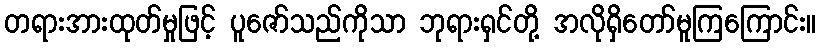
တရားအားထုတ်မှုဖြင့် ပူဇော်သည်ကိုသာ ဘုရားရှင်တို့ အလိုရှိတော်မူကြကြောင်း။